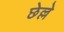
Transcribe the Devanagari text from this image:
छेल्ले